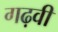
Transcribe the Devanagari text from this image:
गढ़वी